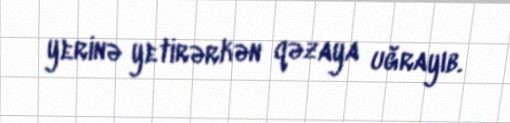
yerinə yetirərkən qəzaya uğrayıb.